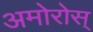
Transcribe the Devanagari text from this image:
अमोरोस्